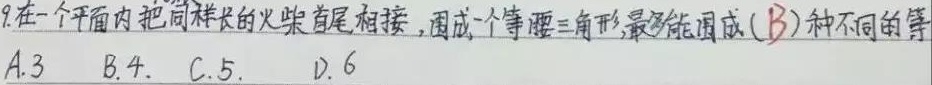
9. 在一个平面内把同样长的火柴首尾相接，围成一个等腰三角形，最多能围成（B）种不同的等腰三角形。
A. 3
B. 4
C. 5
D. 6